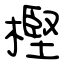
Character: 樫